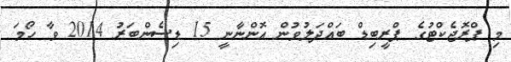
މި ޕްރޮޖެކްޓުގެ ޕްރީބިޑް ބައްދަލުވުން އޮންނާނީ 15 ޑިސެންބަރު 2014 ވާ ހޯމަ